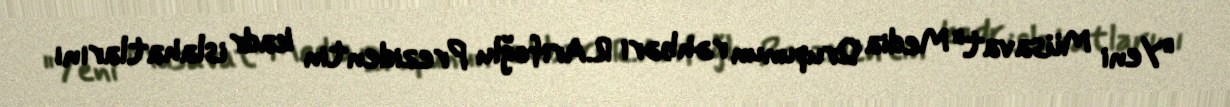
"Yeni Müsavat" Media Qrupunun rəhbəri R.Arifoğlu Prezidentin kadr islahatlarını